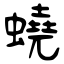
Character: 蟯